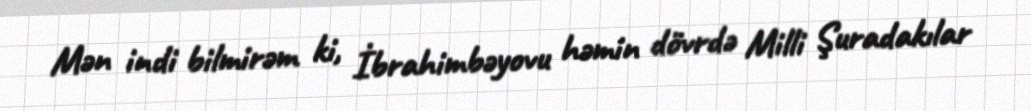
Mən indi bilmirəm ki, İbrahimbəyovu həmin dövrdə Milli Şuradakılar